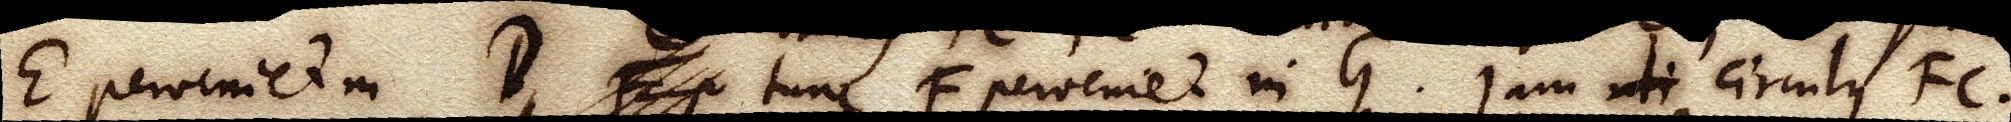
E perveniet in D xx tunc F perveniet in G. Jam uti circulus FC.